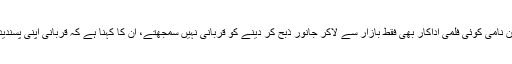
ایک اعتراض یہ سننے میں آیا کہ عمران خان نامی کوئی فلمی اداکار بھی فقط بازار سے لاکر جانور ذبح کر دینے کو قربانی نہیں سمجھتے، ان کا کہنا ہے کہ قربانی اپنی پسندیدہ و محبوب چیز کو قربان کرنے کا نام ہے۔